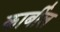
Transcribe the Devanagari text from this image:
कार्बील